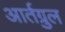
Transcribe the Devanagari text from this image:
आर्तग्रुल